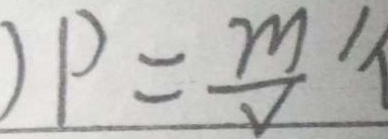
) P = \frac { m } { v }